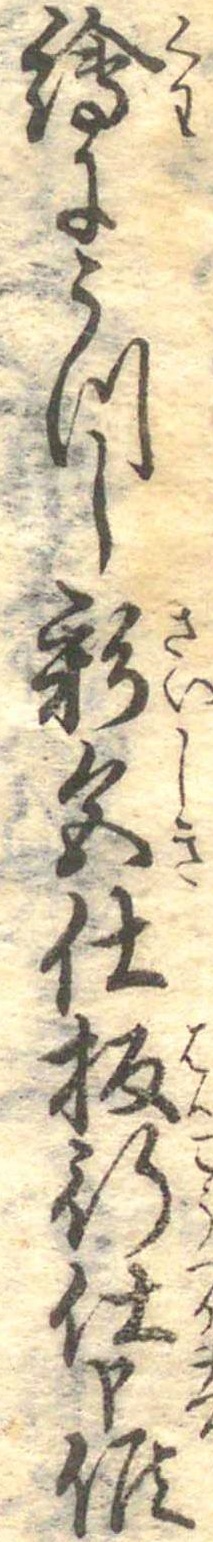
絵にうつし彩色仕板行仕申候